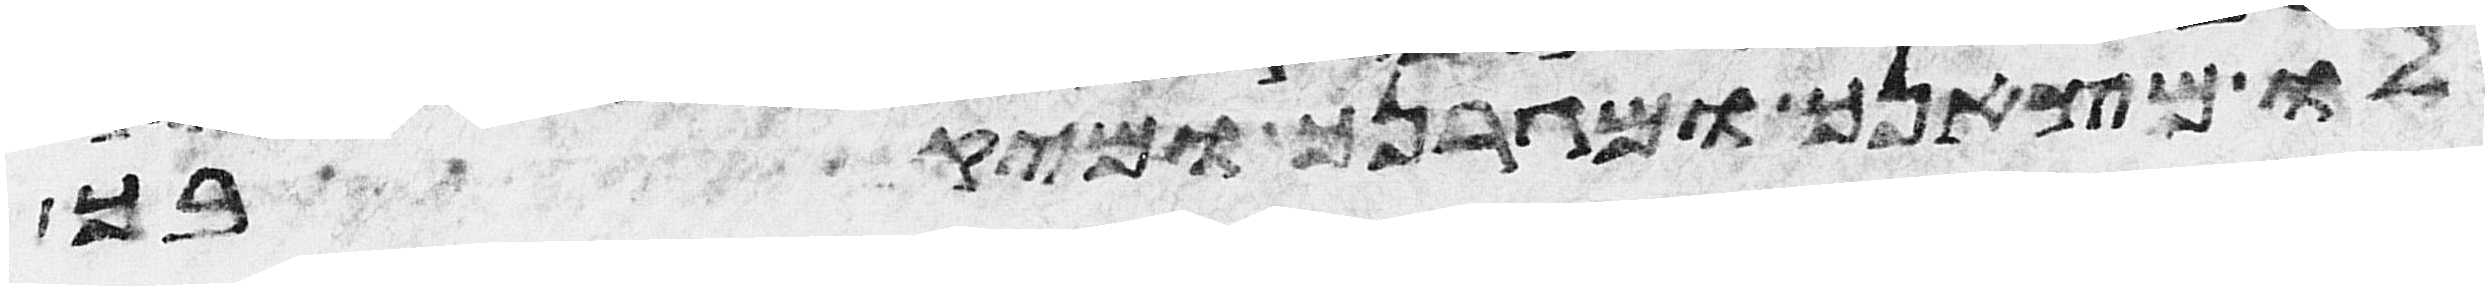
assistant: לו מצאנך ומגרנך ומיקבך